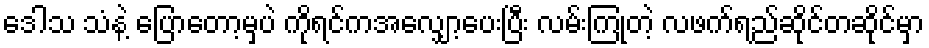
ဒေါသ သံနဲ့ ပြောတော့မှပဲ ကိုရင်ကအလျှော့ပေးပြီး လမ်းကြုံတဲ့ လဖက်ရည်ဆိုင်တဆိုင်မှာ